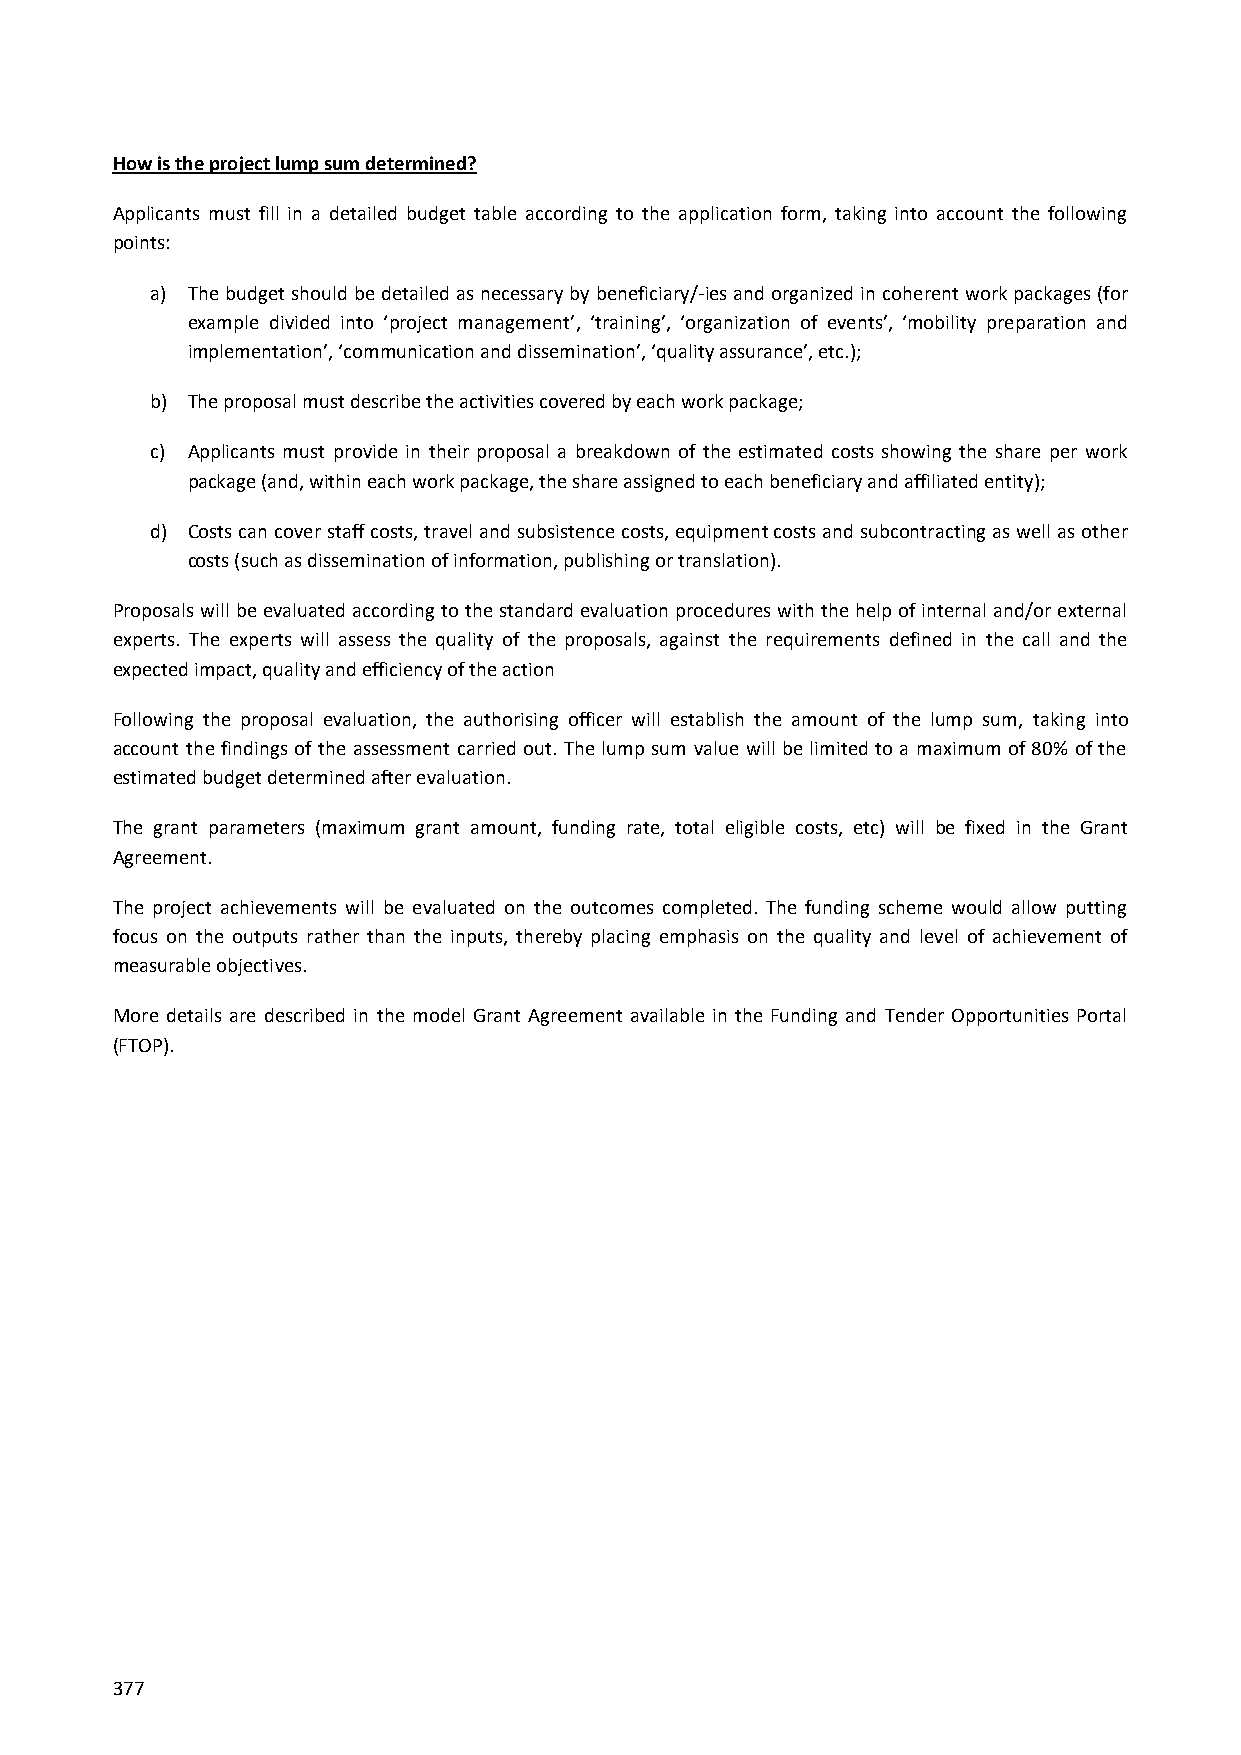
How is the project lump sum determined?
 Applicants must fill in a detailed budget table according to the application form, taking into account the following
 points:
 a) The budget should be detailed as necessary by beneficiary/-ies and organized in coherent work packages (for
 example divided into ‘project management’, ‘training’, ‘organization of events’, ‘mobility preparation and
 implementation’, ‘communication and dissemination’, ‘quality assurance’, etc.);
 b) The proposal must describe the activities covered by each work package;
 c) Applicants must provide in their proposal a breakdown of the estimated costs showing the share per work
 package (and, within each work package, the share assigned to each beneficiary and affiliated entity);
 d) Costs can cover staff costs, travel and subsistence costs, equipment costs and subcontracting as well as other
 costs (such as dissemination of information, publishing or translation).
 Proposals will be evaluated according to the standard evaluation procedures with the help of internal and/or external
 experts. The experts will assess the quality of the proposals, against the requirements defined in the call and the
 expected impact, quality and efficiency of the action
 Following the proposal evaluation, the authorising officer will establish the amount of the lump sum, taking into
 account the findings of the assessment carried out. The lump sum value will be limited to a maximum of 80% of the
 estimated budget determined after evaluation.
 The grant parameters (maximum grant amount, funding rate, total eligible costs, etc) will be fixed in the Grant
 Agreement.
 The project achievements will be evaluated on the outcomes completed. The funding scheme would allow putting
 focus on the outputs rather than the inputs, thereby placing emphasis on the quality and level of achievement of
 measurable objectives.
 More details are described in the model Grant Agreement available in the Funding and Tender Opportunities Portal
 (FTOP).
 377